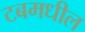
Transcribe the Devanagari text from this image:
टबमधील